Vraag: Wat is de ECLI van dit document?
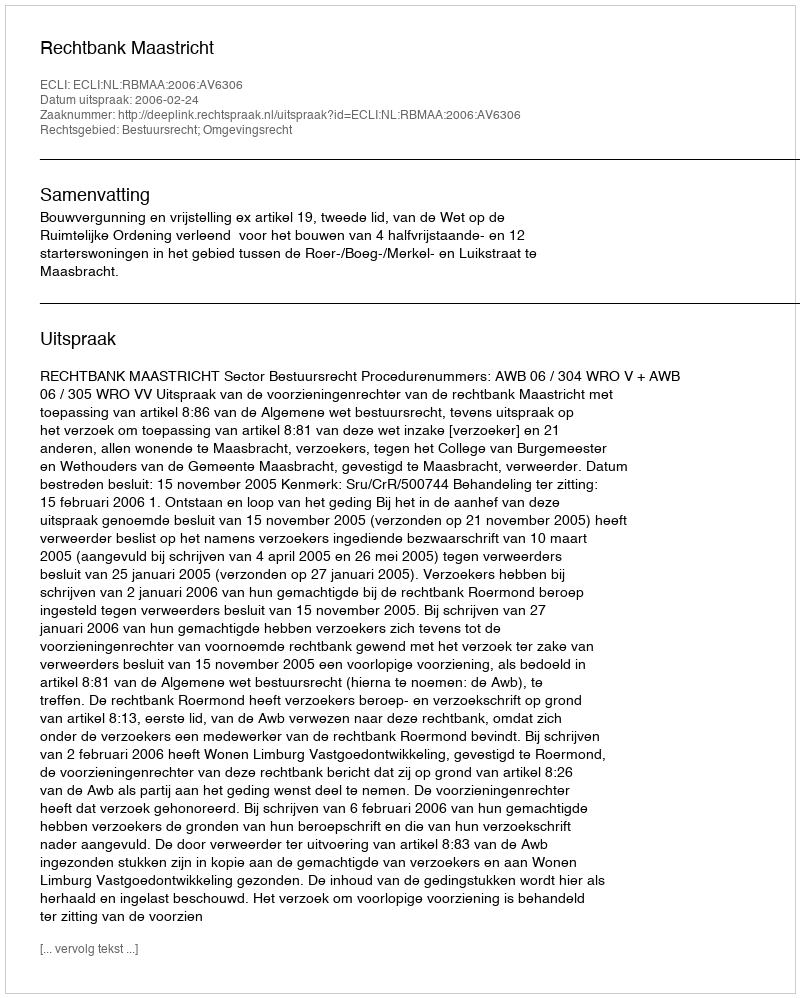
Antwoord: ECLI:NL:RBMAA:2006:AV6306